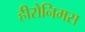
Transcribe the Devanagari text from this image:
हीरोनिमस